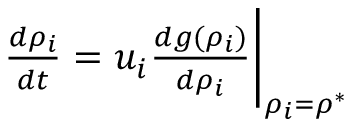
\begin{array} { r } { \frac { d \rho _ { i } } { d t } = u _ { i } \frac { d g ( \rho _ { i } ) } { d \rho _ { i } } \bigg | _ { \rho _ { i } = \rho ^ { * } } } \end{array}